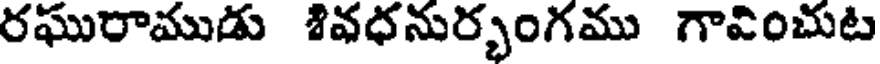
రఘురాముడు శివధనుర్భంగము గావించుట